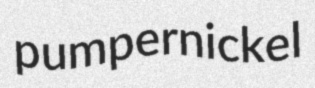
pumpernickel